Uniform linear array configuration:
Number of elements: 64
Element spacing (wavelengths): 0.25
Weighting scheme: exponential
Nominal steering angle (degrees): -45
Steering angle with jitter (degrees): -44.263
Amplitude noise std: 0.05
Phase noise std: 0.05

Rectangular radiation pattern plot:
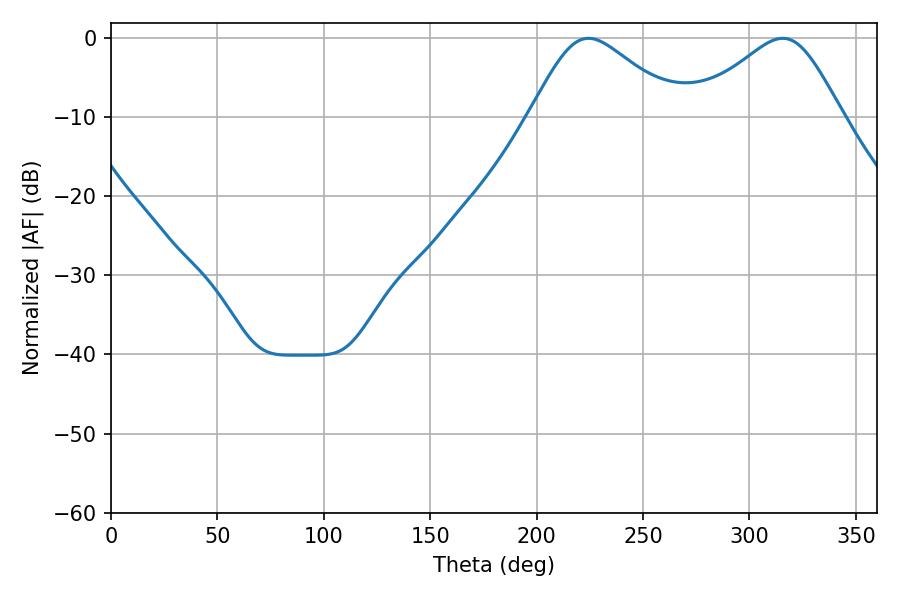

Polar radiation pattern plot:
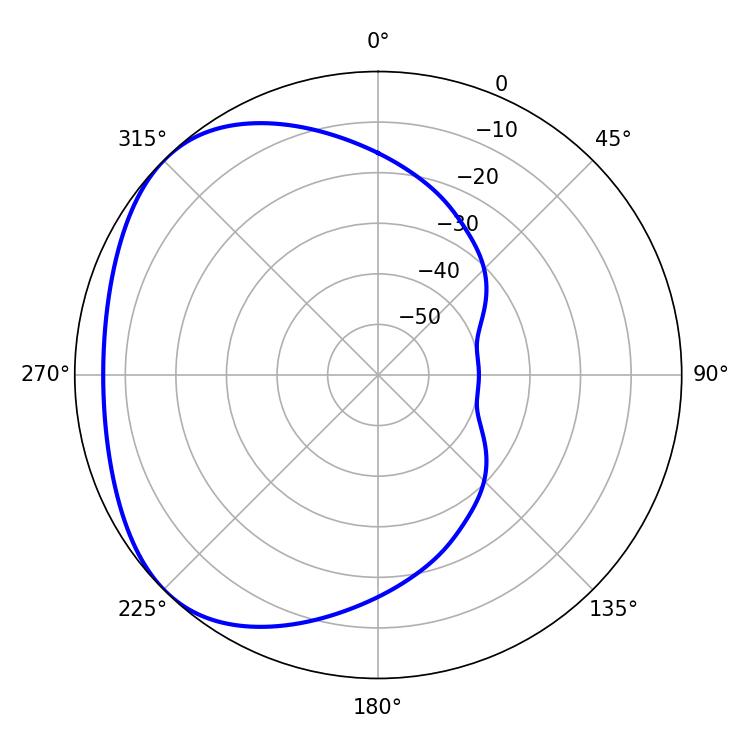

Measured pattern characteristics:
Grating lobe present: FALSE
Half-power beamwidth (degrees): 34.56
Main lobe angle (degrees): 224.28